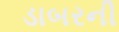
ડાબરની